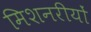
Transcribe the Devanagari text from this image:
मिशनरीयों